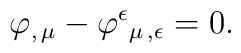
\varphi _{,\,\mu }-\varphi ^{\epsilon }{}_{\mu \,,\epsilon }=0.